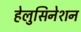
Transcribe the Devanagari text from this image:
हेलुसिनेशन